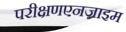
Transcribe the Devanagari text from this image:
परीक्षणएनज़ाइम